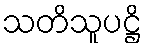
သတိသူပဋ္ဌိ